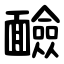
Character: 䩎